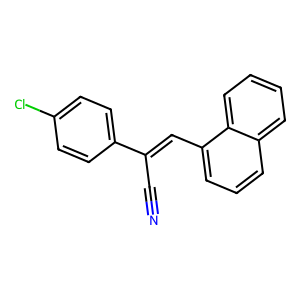
SMILES: N#CC(=Cc1cccc2ccccc12)c1ccc(Cl)cc1
Inhibits HIV replication: No